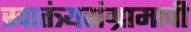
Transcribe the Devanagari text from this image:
स्वातंत्र्यसंग्रामाची